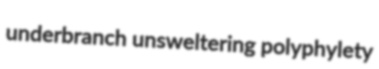
underbranch unsweltering polyphylety